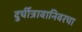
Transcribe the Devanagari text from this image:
दुर्चीत्रावानिवरचा